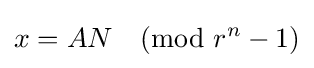
x=AN{\pmod {r^{n}-1}}